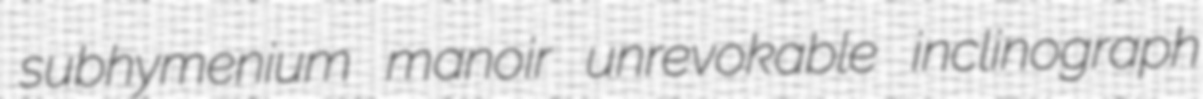
subhymenium manoir unrevokable inclinograph